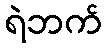
ရဲဘက်